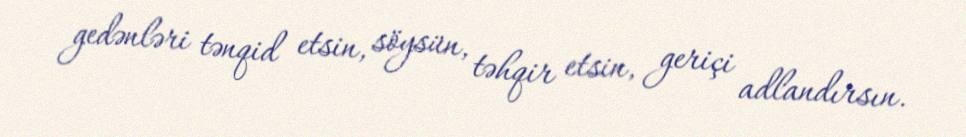
gedənləri tənqid etsin, söysün, təhqir etsin, geriçi adlandırsın.